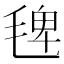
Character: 𣮐